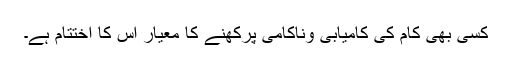
کسی بھی کام کی کامیابی وناکامی پرکھنے کا معیار اس کا اختتام ہے۔